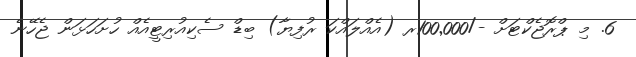
6. މި ޕްރޮޖެކްޓަށް -/100